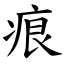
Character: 痕